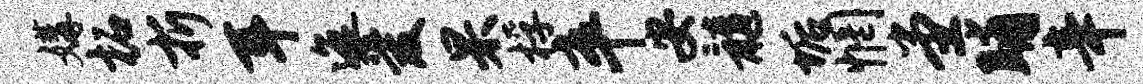
媾柘折耳迤爱杲桴卒安髓垢惘堂晡辛